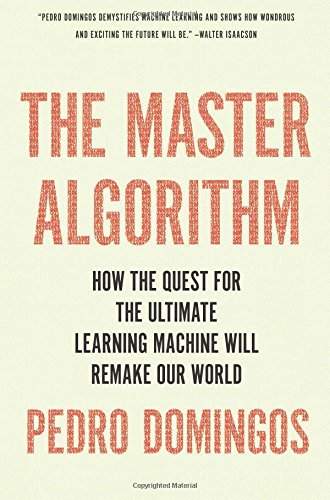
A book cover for The Master Algorithm: How the Quest for the Ultimate Learning Machine Will Remake Our World; Pedro Domingos; Computers & Technology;